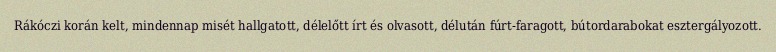
Rákóczi korán kelt, mindennap misét hallgatott, délelőtt írt és olvasott, délután fúrt-faragott, bútordarabokat esztergályozott.